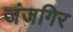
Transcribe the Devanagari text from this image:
जंजगिर